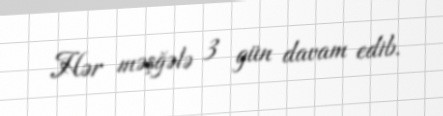
Hər məşğələ 3 gün davam edib.